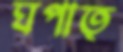
ঘপাত্